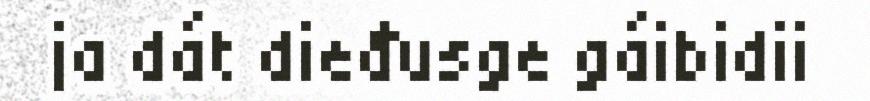
ja dát dieđusge gáibidii